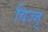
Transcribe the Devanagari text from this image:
विज्जु